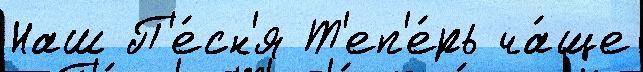
Наш П'е́сн'я Т'еп'е́рь ча́ще